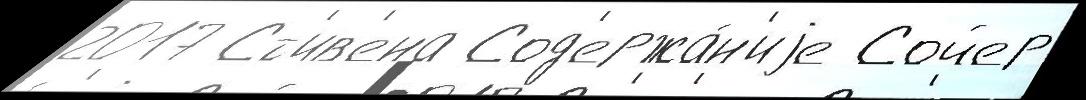
2017 Ст'ив'ена Сод'ержа́н'иjе Сойер